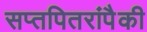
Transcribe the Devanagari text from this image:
सप्तपितरांपैकी